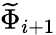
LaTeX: \widetilde{\Phi}_{i+1}